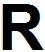
R